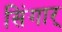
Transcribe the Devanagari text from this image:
सिंगार्